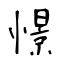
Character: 憬